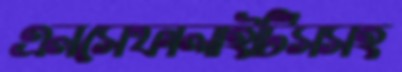
এনসেফালাইটিসসহ